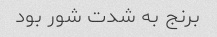
برنج به شدت شور بود